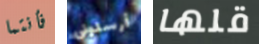
فأنتما أرسلوني قلها